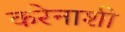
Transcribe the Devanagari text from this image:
करेनाशी